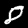
Digit: 8